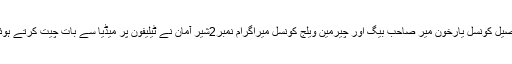
ممبر تحصیل کونسل یارخون میر صاحب بیگ اور چیرمین ویلج کونسل میراگرام نمبر2شیر آمان نے ٹیلیفون پر میڈیا سے بات چیت کرتے ہوئے بتایا ۔